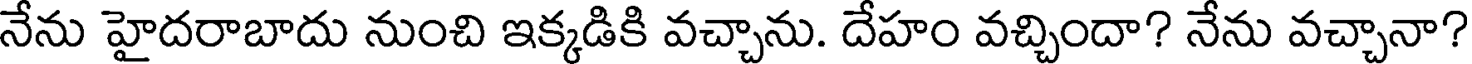
నేను హైదరాబాదు నుంచి ఇక్కడికి వచ్చాను. దేహం వచ్చిందా? నేను వచ్చానా?